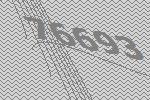
76693